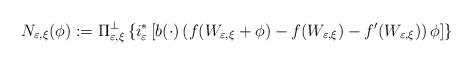
LaTeX: \begin{align*}N_{\varepsilon,\xi}(\phi):=\Pi_{\varepsilon,\xi}^{\bot}\left\{ i_{\varepsilon}^{\ast}\left[ b(\cdot)\left( f(W_{\varepsilon,\xi}+\phi)-f(W_{\varepsilon,\xi})-f^{\prime}(W_{\varepsilon,\xi})\right) \phi\right] \right\}\end{align*}